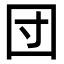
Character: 団